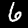
Digit: 6